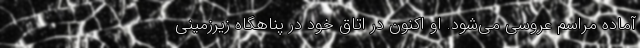
آماده مراسم عروسی می‌شود. او اکنون در اتاق‌ خود در پناهگاه زیرزمینی